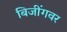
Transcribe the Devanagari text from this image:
बिजींगवर